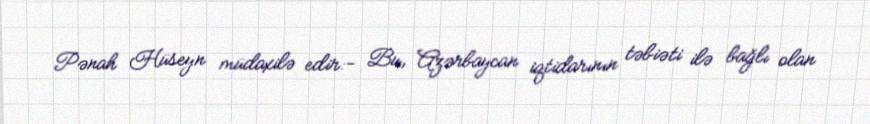
Pənah Hüseyn müdaxilə edir:- Bu, Azərbaycan iqtidarının təbiəti ilə bağlı olan